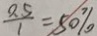
\frac { 0 . 5 } { 1 } = 5 0 \%